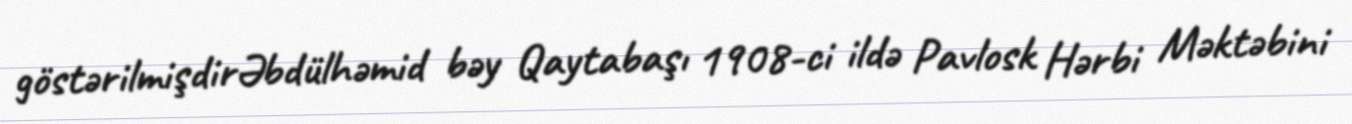
göstərilmişdirƏbdülhəmid bəy Qaytabaşı 1908-ci ildə Pavlosk Hərbi Məktəbini